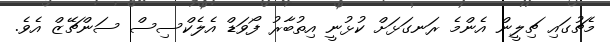
މެޗުގައި ޗިލީން އެންމެ ރަނގަޅަށް ކުޅުނީ އިތުބާރު ފޯވަޑް އެލެކްސިސް ސަންޗޭޒް އެވެ.